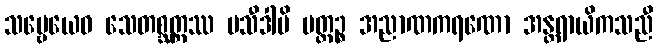
သဗ္ဗေယေဝ သေတစ္ဆတ္တဿ ပသီဒါမိ ပတ္တဉ္စ အညာဏကရဏော အန္တရာယိကသညီ